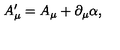
A _ { \mu } ^ { \prime } = A _ { \mu } + \partial _ { \mu } \alpha ,